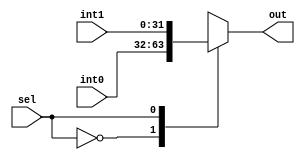
// Multiplexor  A, B, C
// Fase 2

`timescale 1ns/1ns

module Mux(
    input sel,
    input [31:0]int0,
    input [31:0]int1,
    output reg [31:0]out);

    always @*
     begin
         case(sel)
         1'b0:
         begin
             out = int0;
         end
         1'b1:
         begin
             out = int1;
         end
         endcase 
    end
    
endmodule